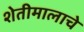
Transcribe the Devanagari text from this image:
शेतीमालाचे